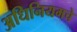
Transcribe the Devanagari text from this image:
अधिनियमचे